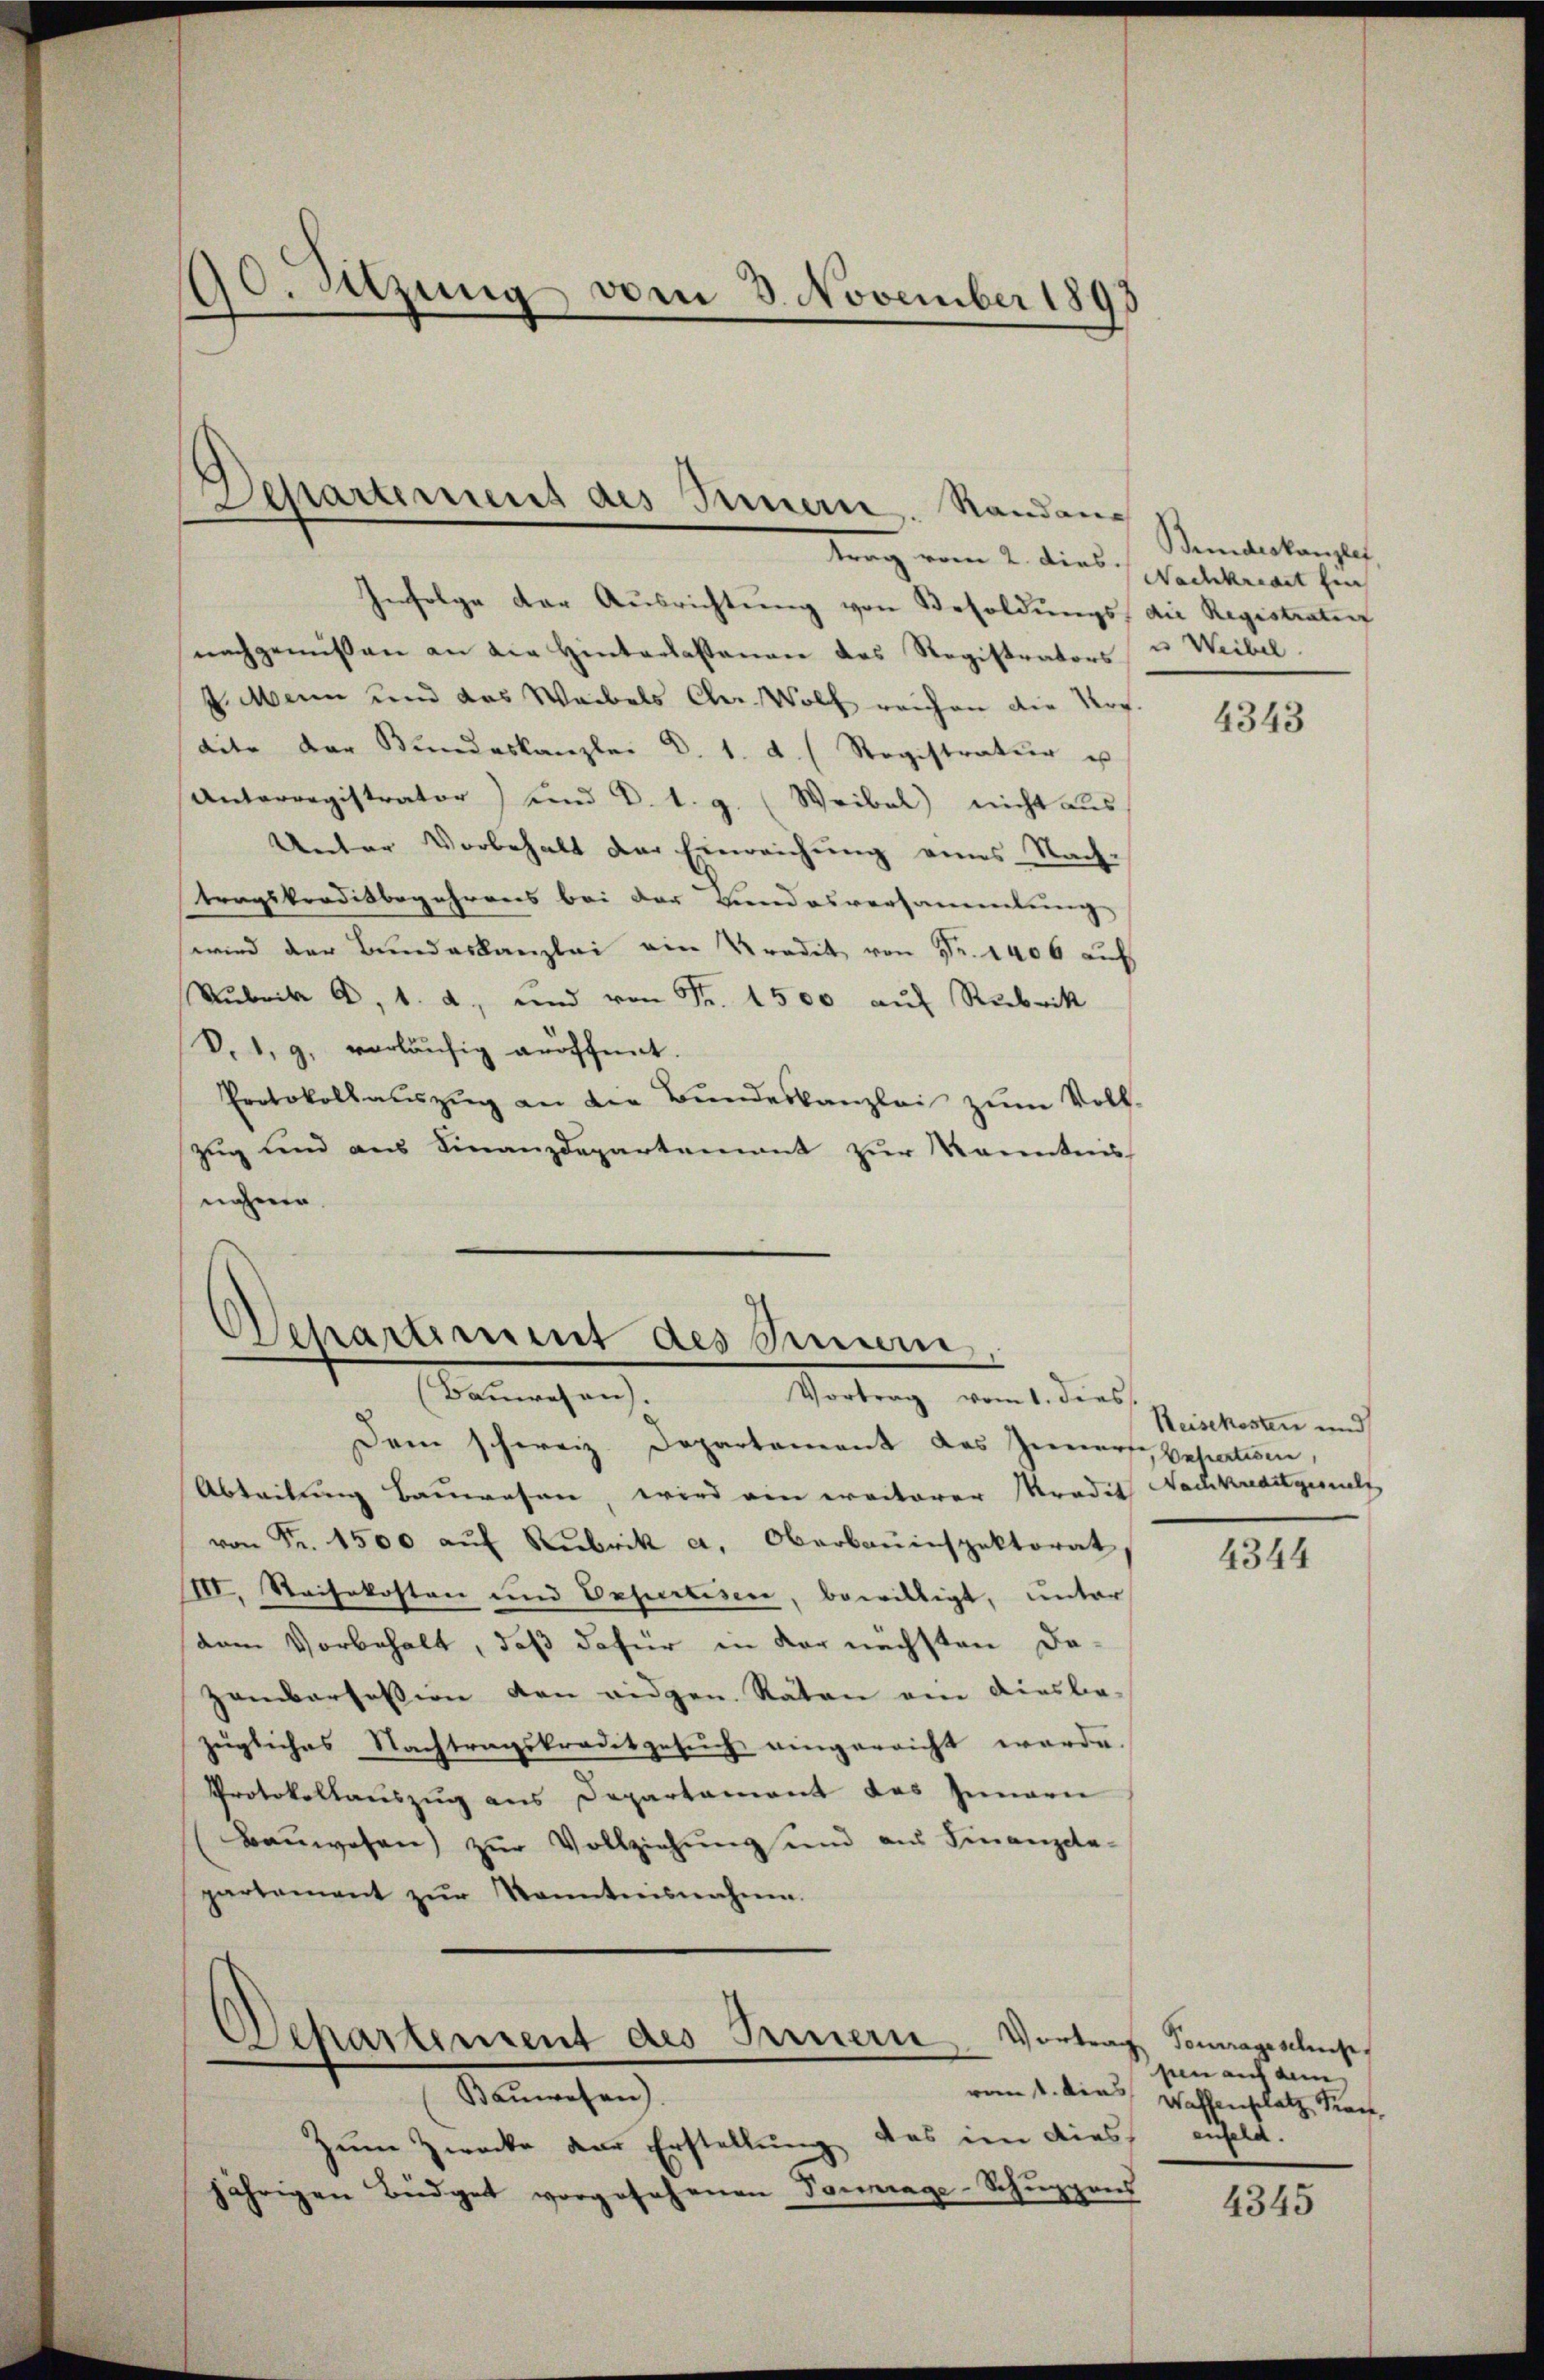
d
Sitzung vom 3. November 1893

Dessartemens des Innern. Randan¬

Infolge der Ausrichtung von Besoldungs die Registratet
nachgewissen an die Hinterlassenen das Registrators u. Weibel.
4. Mann und das Waibels Cher. Wolf reichen die Vor
dite der Bŭndeskanzlei d. 1. d. Registratur u
Unterregistrator) und V. 1. g. (Weibel) nicht aus
Unter Vorbehalt der Einreichŭng eines Nach-
tragskreditbegehrens bei der Bundesversammlung
wird der Bundeskanzlei ein Kredit von Fr. 1406 auf
Rubrik A. 1. a., und von Fr. 1500 auf Rubrik
V.1. 9. vorläufig eröffnet.
Protokoll aŭszŭg an die Bŭndeskanzlei zum Voll-
zug und aus Finanzdepartement zur Kenntnis
nahmen.

Departement des Sinnern,
(Bauwesen.
Vortrag vom 1. dies

Departement des Innern
Senmachen

trag vom 2. dies Nachkriat hin

Dann schweiz. Departement des Zimmers Relation
Abteilung Bauwesen wird ein weiterer Tradit Nachkreditgesuchs
von Fr. 1500 auf Rubrik a. Oberbauinspektorat,
III. Steisekosten und Expertisen, bewilligt, unter
dem Vorbehalt, daß dafür in der nächsten Dazambarfession den eidgen. Räten ein diesbe-
zügliches Nachtragskreditgesuch eingereicht werde.
Protokollauszug aus Departament des Innarie
Bauwesen) zur Vollziehung und aus Finanzele-
partement zŭr Kenntnisnahme.

Zum Zwecke der Erstellung, das im dies enfeld.
jährigen Büdget vorgesehenen Vorrage-Schŭppens

Bundeskanzler

4343

Reisekosten und

4344

Vertrag Vorrageschus
pen auf dein
vom 1. Dies Waffenplatz Kra

4345